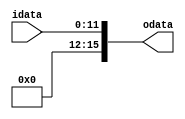
module ext12to16(
	input [11:0] idata,
	output wire [15:0] odata
);
	
	assign odata[15:12] = 4'b0000;
	assign odata[11:0]  = idata;
	
endmodule